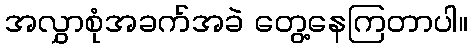
အလွှာစုံအခက်အခဲ တွေ့နေကြတာပါ။